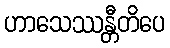
ဟာသေဿန္တီတိပေ